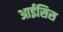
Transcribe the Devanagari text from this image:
आईसिस